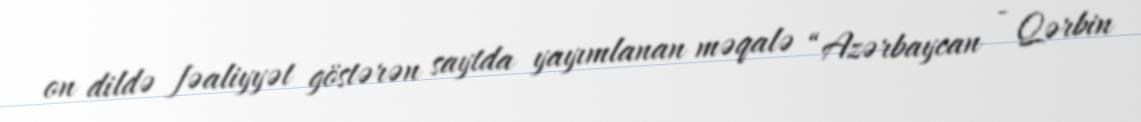
on dildə fəaliyyət göstərən saytda yayımlanan məqalə “Azərbaycan - Qərbin